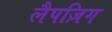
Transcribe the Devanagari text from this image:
लैपज़िग